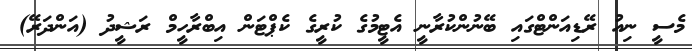
މެސީ ނިއު ރޭޑިއަންޓްގައި ބޭނުންކުރާނީ އެޓީމުގެ ކުރީގެ ކެޕްޓަން އިބްރާހީމް ރަޝީދު (އަންދަރޭ)